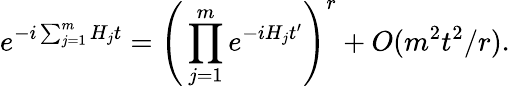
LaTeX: e^{-i\sum_{j=1}^{m}H_{j}t}=\Bigg(\prod_{j=1}^{m}e^{-iH_{j}t^{\prime}}\Bigg)^{r}+O(m^{2}t^{2}/r).